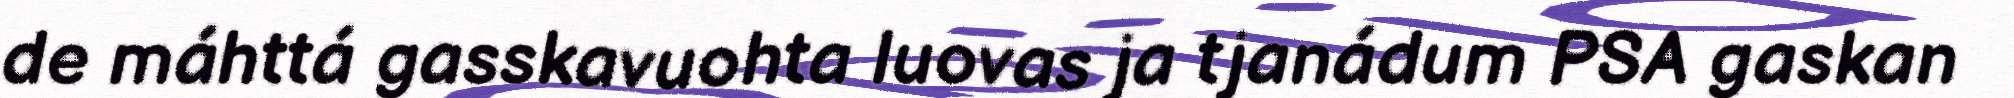
de máhttá gasskavuohta luovas ja tjanádum PSA gaskan